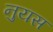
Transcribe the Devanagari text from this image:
नुयस